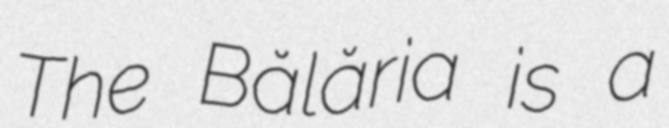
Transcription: The Bălăria is a